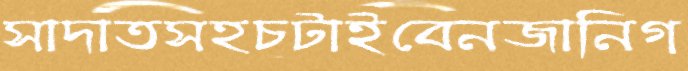
সাদাতসহচটাইবেনজানিগ